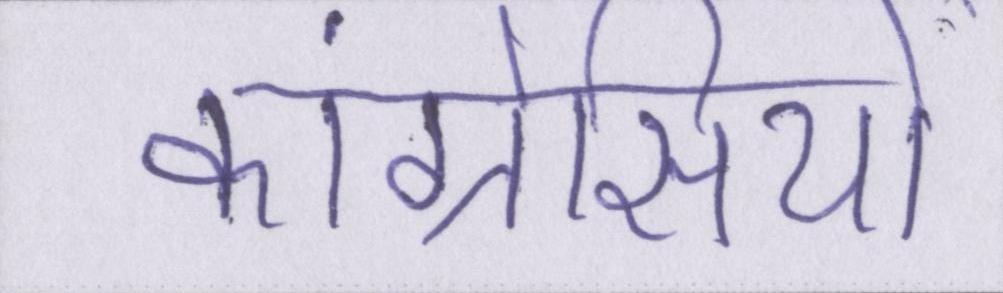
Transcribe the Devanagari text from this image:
कांग्रेसियों